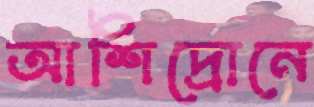
আশিদ্রোনে